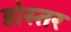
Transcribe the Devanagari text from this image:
डोस्तर